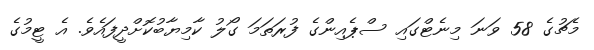
މެޗުގެ 58 ވަނަ މިނެޓްގައި ސްޕެއިންގެ ފުރަތަމަ ގޯލު ކާމިޔާބުކޮށްދީފައެވެ. އެ ޓީމުގެ